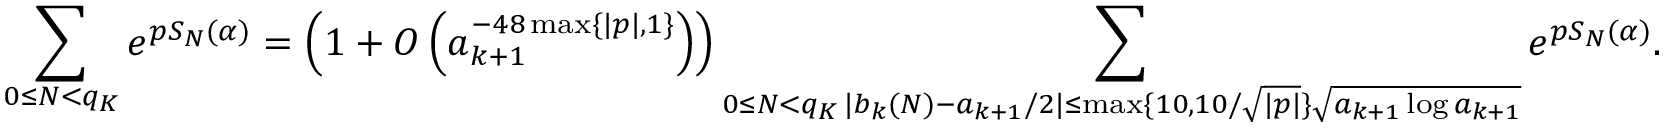
\sum _ { 0 \le N < q _ { K } } e ^ { p S _ { N } ( \alpha ) } = \left( 1 + O \left( a _ { k + 1 } ^ { - 4 8 \operatorname* { m a x } \{ | p | , 1 \} } \right) \right) \sum _ { \substack { 0 \le N < q _ { K } \, | b _ { k } ( N ) - a _ { k + 1 } / 2 | \le \operatorname* { m a x } \{ 1 0 , 1 0 / \sqrt { | p | } \} \sqrt { a _ { k + 1 } \log a _ { k + 1 } } } } e ^ { p S _ { N } ( \alpha ) } .